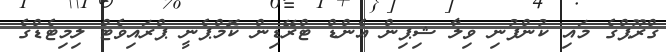
ގްރޫޕްގެ މައި ކުންފުނި ވިލާ ޝިޕިން އެންޑް ޓްރޭޑިން ކޮމްޕެނީ ޕްރައިވެޓް ލިމިޓެޑްގެ